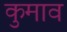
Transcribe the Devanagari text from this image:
कुमाव